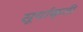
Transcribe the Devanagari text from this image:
सूर्याकृती